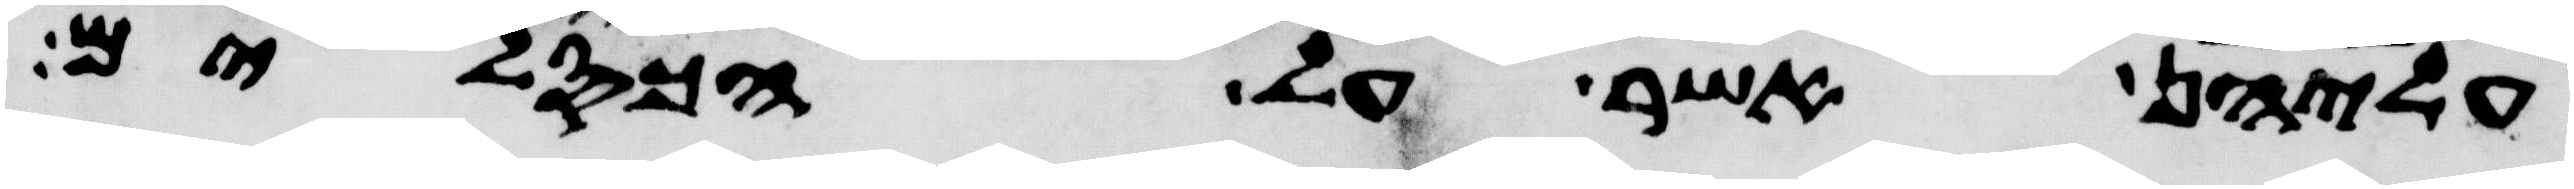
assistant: עליהן אשר על הכסלים